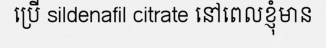
ប្រើ sildenafil citrate នៅពេលខ្ញុំមាន